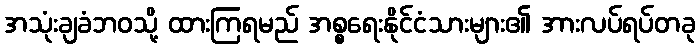
အသုံးချခံဘဝသို့ ထားကြရမည် အစ္စရေးနိုင်ငံသားများ၏ အားလပ်ရပ်တခု